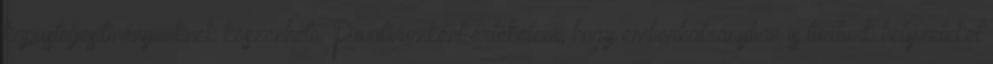
kapusteljesítményünknek köszönhető. Pozitívumként értékelem, hogy emberhátrányban is tudtunk helyzeteket